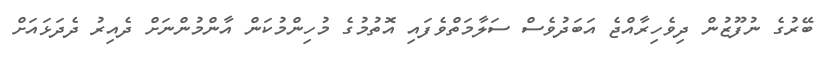
ބޭރުގެ ނުފޫޒުން ދިވެހިރާއްޖެ އަބަދުވެސް ސަލާމަތްވެފައި އޮތުމުގެ މުހިންމުކަން އާންމުންނަށް ދެއިރު ދެދަޅައަށް